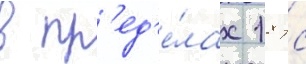
в пр'ед'е́лах 18 тс